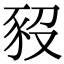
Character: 𧰱